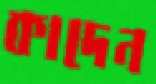
কাদেন